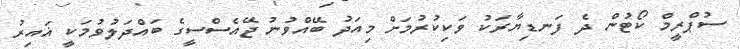
ސުޕްރީމް ކޯޓުން ދެ ފަނޑިޔާރަކު ވަކިކުރުމަށް މިއަދު ބޭއްވުނު ޖޭއެސްސީގެ ބައްދަލުވުމަކީ ޣައިރު